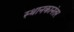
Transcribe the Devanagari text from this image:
स्थानकानंतर